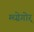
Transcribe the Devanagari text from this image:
म्च्ग्रेगोर्